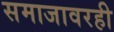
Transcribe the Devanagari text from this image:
समाजावरही